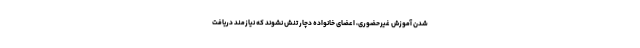
شدن آموزش غیرحضوری، اعضای خانواده دچار تنش نشوند که نیازمند دریافت